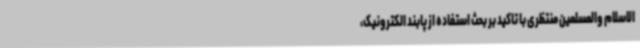
الاسلام والمسلمین منتظری با تاکید بر بحث استفاده از پابند الکترونیک،